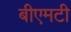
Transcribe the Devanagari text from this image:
बीएमटी